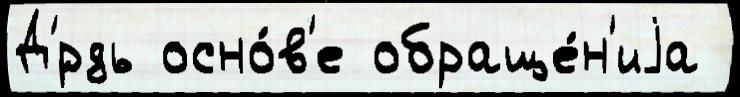
Д'́рдь осно́в'е обраще́н'иjа